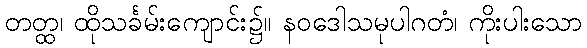
တတ္ထ၊ ထိုသင်္ခမ်းကျောင်း၌။ နဝဒေါသမုပါဂတံ၊ ကိုးပါးသော